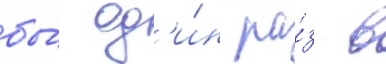
бы́ од'и́н ра́з в